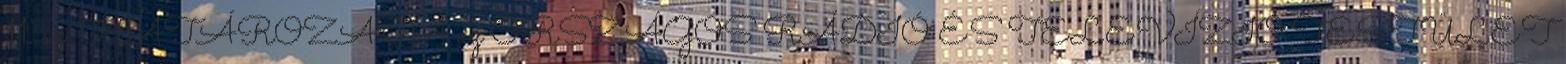
11. sz. HATÁROZATA az ORSZÁGOS RÁDIÓ ÉS TELEVÍZIÓ TESTÜLET